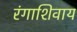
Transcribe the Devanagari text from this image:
रंगाशिवाय